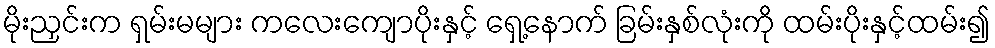
မိုးညှင်းက ရှမ်းမများ ကလေးကျောပိုးနှင့် ရှေ့နောက် ခြမ်းနှစ်လုံးကို ထမ်းပိုးနှင့်ထမ်း၍